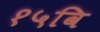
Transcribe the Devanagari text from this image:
१५वि